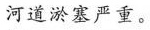
河道淤塞严重。